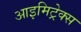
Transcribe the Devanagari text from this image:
आइमिट्रेक्स